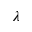
\lambda